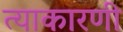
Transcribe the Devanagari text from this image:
त्याकारणी